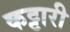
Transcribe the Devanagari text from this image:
कट्टारी